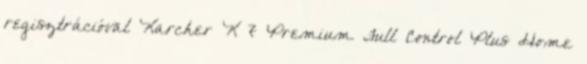
regisztrációval Karcher K 7 Premium Full Control Plus Home